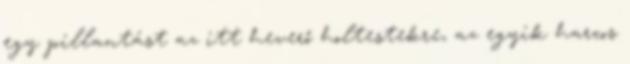
egy pillantást az itt heverő holtestekre, az egyik harcos